Annual report of the Madras Medical College
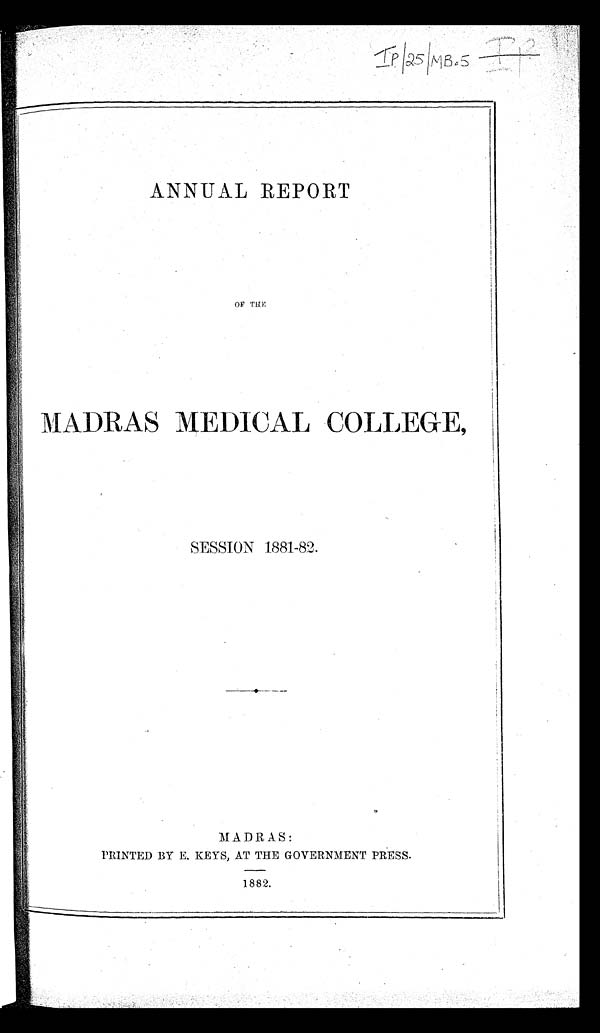
ANNUAL REPORT
OF THE
MADRAS MEDICAL COLLEGE,
SESSION 1881-82.
MADRAS:
PRINTED BY E. KEYS, AT THE GOVERNMENT PRESS.
1882.